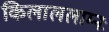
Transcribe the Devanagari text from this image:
किलाललाम्नः